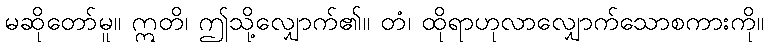
မဆိုတော်မူ။ ဣတိ၊ ဤသို့လျှောက်၏။ တံ၊ ထိုရာဟုလာလျှောက်သောစကားကို။